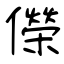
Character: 儝